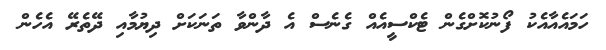
ހަމައެއާއެކު ފޯނުކޮށްގެން ޓެކްސީއެއް ގެނެސް އެ ދާންވާ ތަނަކަށް ދިޔުމާއި ދޭތެރޭ އެހެން